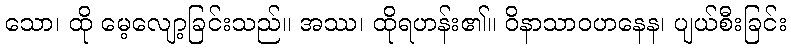
သော၊ ထို မေ့လျော့ခြင်းသည်။ အဿ၊ ထိုရဟန်း၏။ ဝိနာသာဝဟနေန၊ ပျယ်စီးခြင်း